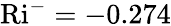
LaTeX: \textrm{Ri}^{-}=-0.274